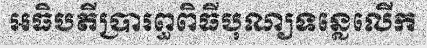
អធិបតីប្រារព្ធពិធីបុណ្យទន្លេលើក